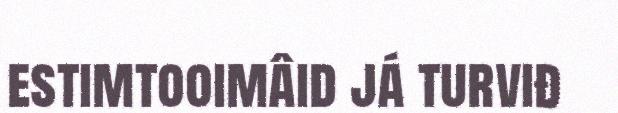
estimtooimâid já turviđ